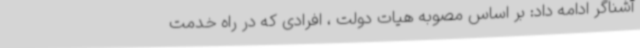
آشناگر ادامه داد: بر اساس مصوبه هیات دولت ، افرادی که در راه خدمت